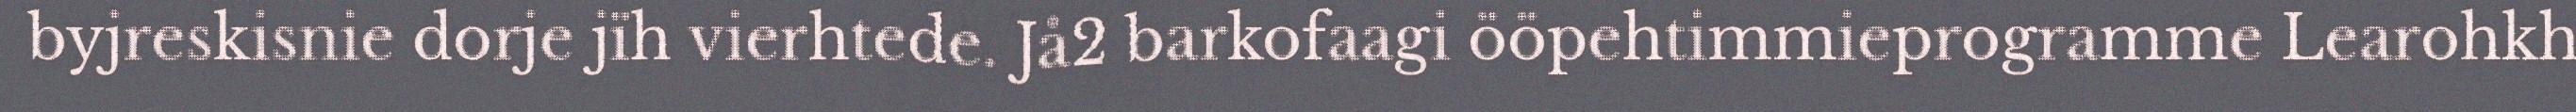
byjreskisnie dorje jïh vierhtede. Jå2 barkofaagi ööpehtimmieprogramme Learohkh